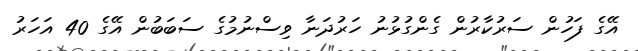
އޭގެ ފަހުން ސަރުކާރުން ގެންގުޅުނު ހަރުދަނާ ވިސްނުމުގެ ސަބަބުން އޭގެ 40 އަހަރު